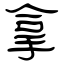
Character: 拿